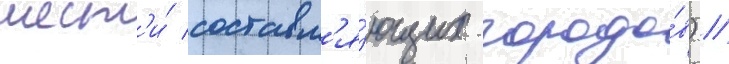
шест'и́ составл'я́ющих городо́в) //